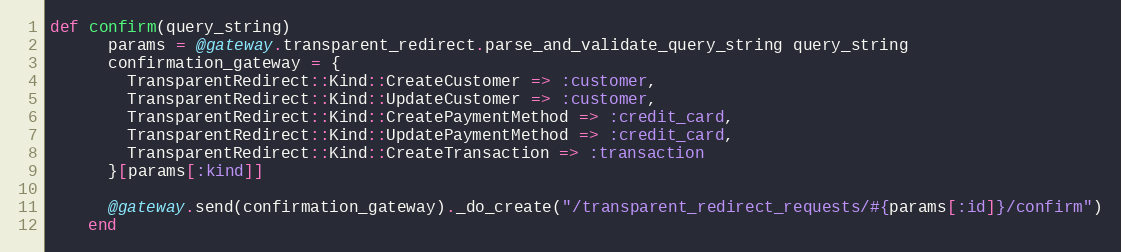
Language: Ruby
def confirm(query_string)
      params = @gateway.transparent_redirect.parse_and_validate_query_string query_string
      confirmation_gateway = {
        TransparentRedirect::Kind::CreateCustomer => :customer,
        TransparentRedirect::Kind::UpdateCustomer => :customer,
        TransparentRedirect::Kind::CreatePaymentMethod => :credit_card,
        TransparentRedirect::Kind::UpdatePaymentMethod => :credit_card,
        TransparentRedirect::Kind::CreateTransaction => :transaction
      }[params[:kind]]

      @gateway.send(confirmation_gateway)._do_create("/transparent_redirect_requests/#{params[:id]}/confirm")
    end